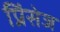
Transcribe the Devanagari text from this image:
प्रिंसेज